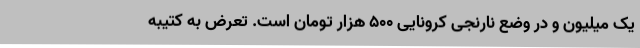
یک میلیون و در وضع نارنجی کرونایی ۵۰۰ هزار تومان است. تعرض به کتیبه